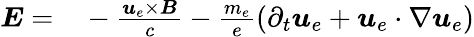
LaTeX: \begin{array}{rl}{\boldsymbol{E}=}&{{}-\frac{\boldsymbol{u}_{e}\times\boldsymbol{B}}{c}-\frac{m_{e}}{e}\left(\partial_{t}\boldsymbol{u}_{e}+\boldsymbol{u}_{e}\cdot\nabla\boldsymbol{u}_{e}\right)}\end{array}